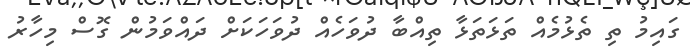
ގައިމު ތި ތެޅުމެއް ތަޅަތަޅާ ތިއްބާ ދުވަހެއް ދުވަހަކަށް ދައްވަމުން ގޮސް މިހާރު